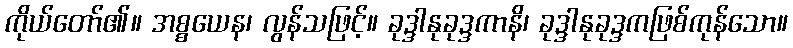
ကိုယ်တော်၏။ အစ္စယေန၊ လွန်သဖြင့်။ ခုဒ္ဒါနုခုဒ္ဒကာနိ၊ ခုဒ္ဒါနုခုဒ္ဒကဖြစ်ကုန်သော။